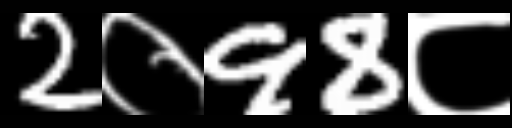
Text: 2०98८